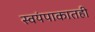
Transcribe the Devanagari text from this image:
स्वयंपाकातही